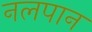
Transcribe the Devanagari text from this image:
नलपान